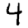
Digit: 4